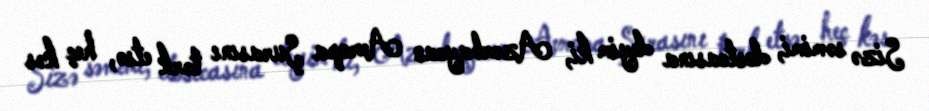
Sizə səmimi, dostcasına deyim ki, Azərbaycan Avropa Şurasını tərk etsə, heç kəs